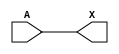
module sky130_fd_sc_hdll__probec_p_5 (
    X,
    A
);
    output X;
    input  A;
    wire buf0_out_X;
    buf buf0 (buf0_out_X, A              );
    buf buf1 (X         , buf0_out_X     );
endmodule